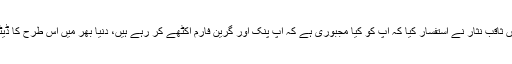
ادارہ شماریات کے جواب پر چیف جسٹس میاں ثاقب نثار نے استفسار کیا کہ آپ کو کیا مجبوری ہے کہ آپ پنک اور گرین فارم اکٹھے کر رہے ہیں، دنیا بھر میں اس طرح کا ڈیٹا مردم شماری کے ساتھ حاصل کیا جاتا ہے۔